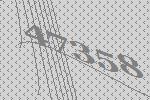
47358